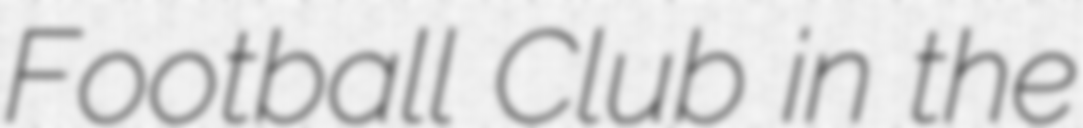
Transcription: Football Club in the